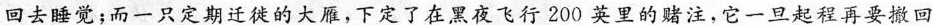
回去睡觉；而一只定期迁徙的大雁，下定了在黑夜飞行200英里的赌注，它一旦起程再要撤回